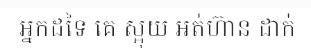
អ្នកដទៃ គេ ស្អុយ អត់ហ៊ាន ដាក់